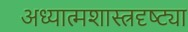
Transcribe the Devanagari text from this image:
अध्यात्मशास्त्रदृष्ट्या